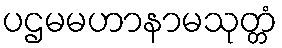
ပဌမမဟာနာမသုတ္တံ